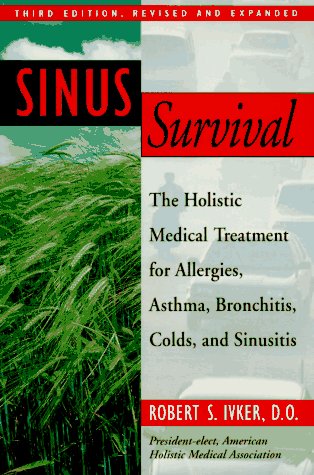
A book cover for Sinus Survival: The Holistic Medical Treatment for Allergies, Asthma, Bronchitis, Colds, and Sinusitis; Robert S. Ivker; Health, Fitness & Dieting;